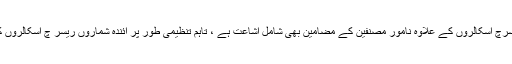
البتہ پہلے شمارہ میں ریسرچ اسکالروں کے علاوہ نامور مصنفین کے مضامین بھی شامل اشاعت ہے ، تاہم تنظیمی طور پر آئندہ شماروں ریسر چ اسکالروں کی ہی شمولیت رہے گی۔